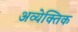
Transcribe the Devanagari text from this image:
अव्येक्तिक